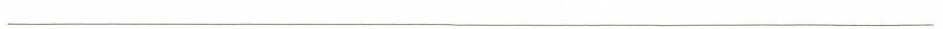
___